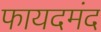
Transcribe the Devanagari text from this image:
फायदमंद